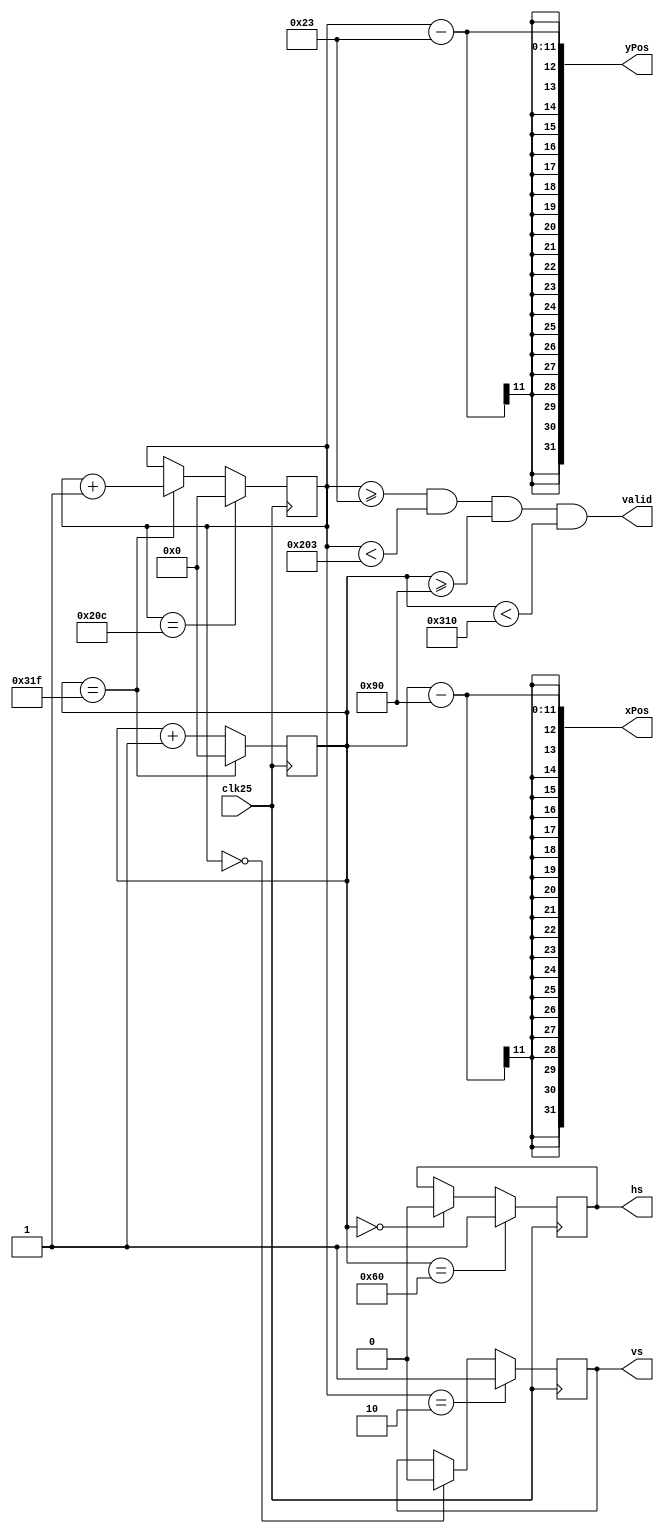
`timescale 1ns / 1ps
//////////////////////////////////////////////////////////////////////////////////
// Company: 
// Engineer: 
// 
// Design Name: 
// Module Name: VgaSync
// Project Name: 
// Target Devices: 
// Tool Versions: 
// Description: 
// 
// Dependencies: 
// 
// Revision:
// Revision 0.01 - File Created
// Additional Comments:
// 
//////////////////////////////////////////////////////////////////////////////////


module VgaSync(
    input clk25,
    output [31:0] yPos,
    output [31:0] xPos,
    output valid,
    output reg hs,
    output reg vs
);

reg [10:0] yCounter;
reg [10:0] xCounter;

assign yPos = yCounter - 35;
assign xPos = xCounter - 144;
assign valid = (yCounter >= 35) && (yCounter < 515) &&
               (xCounter >= 144) && (xCounter < 784);//???????640*480
parameter xSyncEnd = 96;//???????????
parameter xMax = 800;//???????????
parameter yMax = 525;//???????????
parameter ySyncEnd = 2;//???????????
initial begin
  yCounter = 0;
  xCounter = 0;
end
always @(posedge clk25) begin
  if(xCounter == xMax - 1)
    xCounter <= 0;
  else
    xCounter <= xCounter + 1;
end

always @(posedge clk25) begin
  if(yCounter == yMax - 1)
    yCounter <= 0;
  else if(xCounter == xMax - 1)
    yCounter <= yCounter + 1;//?????????
  else
    yCounter <= yCounter;
end

always @(negedge clk25) begin
  if(xCounter == xSyncEnd)
    hs <= 1;
  else if(xCounter == 0)
    hs <= 0;
  else
    hs <= hs;
end

always @(negedge clk25) begin
  if(yCounter == ySyncEnd)
    vs <= 1;
  else if(yCounter == 0)
    vs <= 0;
  else
    vs <= vs;
end  
endmodule